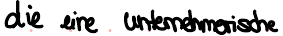
die eine unternehmerische